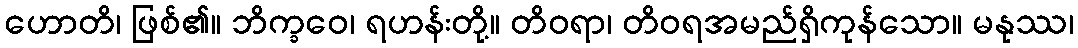
ဟောတိ၊ ဖြစ်၏။ ဘိက္ခဝေ၊ ရဟန်းတို့။ တိဝရာ၊ တိဝရအမည်ရှိကုန်သော။ မနုဿ၊